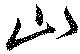
山